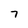
Character: 7